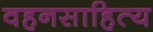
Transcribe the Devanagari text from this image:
वहनसाहित्य